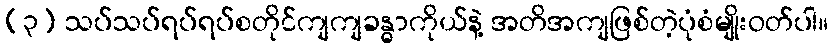
(၃) သပ်သပ်ရပ်ရပ်စတိုင်ကျကျခန္ဓာကိုယ်နဲ့ အတိအကျဖြစ်တဲ့ပုံစံမျိုးဝတ်ပါ။